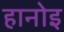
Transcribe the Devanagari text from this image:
हानोइ